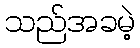
သည်အခမဲ့